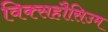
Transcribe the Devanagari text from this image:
विक्सहौसिउम